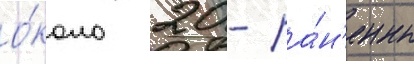
о́коло 20 - ра́н'ены